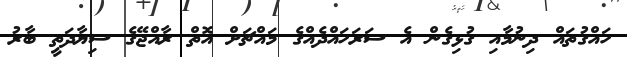
ހައްގުތައް ދިނުމާއި ގުޅިގެން އެ ސަރަހައްދެއްގެ މައްޗަށް އޮތް ރާއްޖޭގެ ސިޔާދަތީ ބާރު